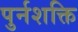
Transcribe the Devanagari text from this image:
पुर्नशक्ति